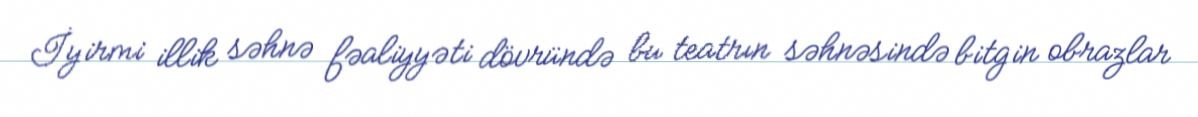
İyirmi illik səhnə fəaliyyəti dövründə bu teatrın səhnəsində bitgin obrazlar